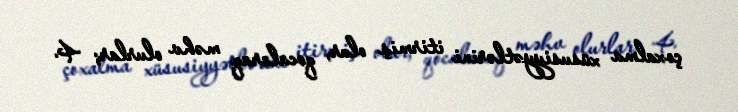
çoxalma xüsusiyyətlərini itirmiş olur, qocalaraq məhv olurlar; 4.